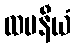
ထပနီယံ